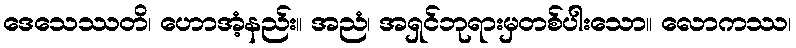
ဒေသေဿတိ၊ ဟောအံ့နည်း။ အညံ၊ အရှင်ဘုရားမှတစ်ပါးသော။ လောကဿ၊